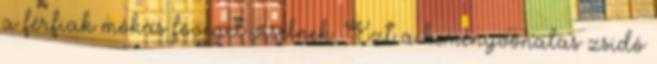
a férfiak mókás föveget viselnek. Ezt a keményvonalas zsidó